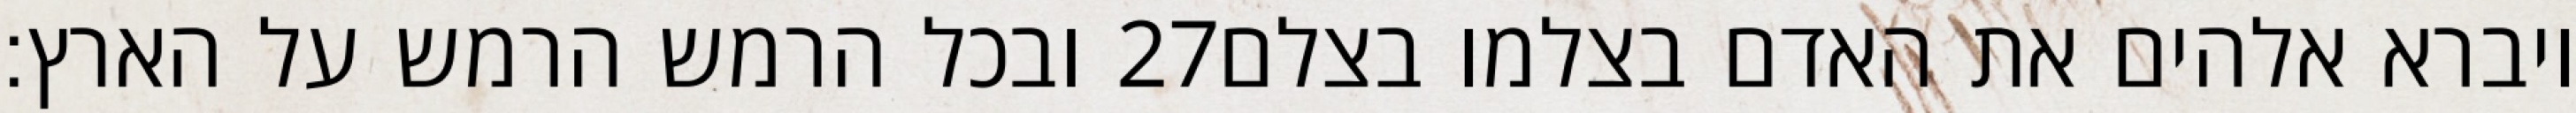
ובכל הרמש הרמש על הארץ׃ ‎27‏ ויברא אלהים את האדם בצלמו בצלם